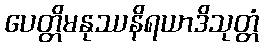
ပေတ္တိမနုဿနိရယာဒိသုတ္တံ